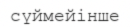
сүймейінше